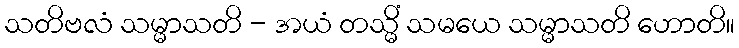
သတိဗလံ သမ္မာသတိ - အယံ တသ္မိံ သမယေ သမ္မာသတိ ဟောတိ။